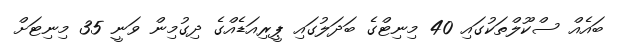
ބައެއް ސްކޫލްތަކުގައި 40 މިނިޓްގެ ބަދަލުގައި ޕީރިއަޑެއްގެ ދިގުމިން ވަނީ 35 މިނިޓަށް